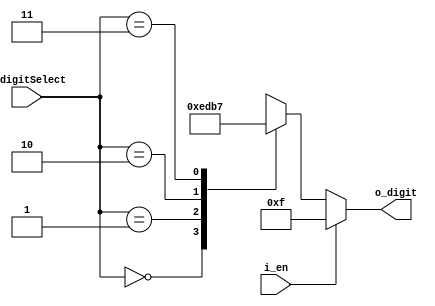
`timescale 1ns / 1ps
//////////////////////////////////////////////////////////////////////////////////
// Company: 
// Engineer: 
// 
// Design Name: 
// Module Name: decoder_2x4
// Project Name: 
// Target Devices: 
// Tool Versions: 
// Description: 
// 
// Dependencies: 
// 
// Revision:
// Revision 0.01 - File Created
// Additional Comments:
// 
//////////////////////////////////////////////////////////////////////////////////


module decoder_2x4(
    input [1:0] i_digitSelect,
    input i_en,
    output [3:0] o_digit
    );

    reg [3:0] r_digit;
    assign o_digit = r_digit;

    always @(i_digitSelect or i_en) begin
        if(i_en) begin
            r_digit = 4'b1111;
        end
        else begin
            case (i_digitSelect)
                2'h0 : r_digit = 4'b1110;
                2'h1 : r_digit = 4'b1101;
                2'h2 : r_digit = 4'b1011;
                2'h3 : r_digit = 4'b0111;
            endcase
        end
        
    end


endmodule